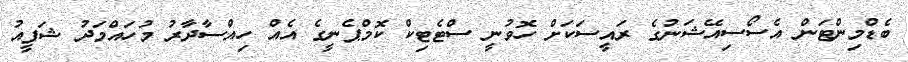
ބެޑްމިންޓަން އެސޯސިއޭޝަނުގެ ރައީސަކަށް ހޮވުނީ ސްޓެޓިކް ކޮމްޕެނީގެ އެއް ހިއްސާދާރު މުހައްމަދު ޝަފީއު